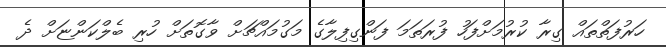
ހަރުފަތްތައް ގިރާ ކުރުމަށްފަހު ފުރަތަމަ ފަންގިފިލާގެ މަގުމައްޗަށް ވާގޮތަށް ހުރި ބެލްކަންޏަށް ދެ